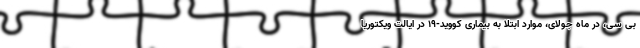
بی سی، در ماه جولای، موارد ابتلا به بیماری کووید-۱۹ در ایالت ویکتوریا